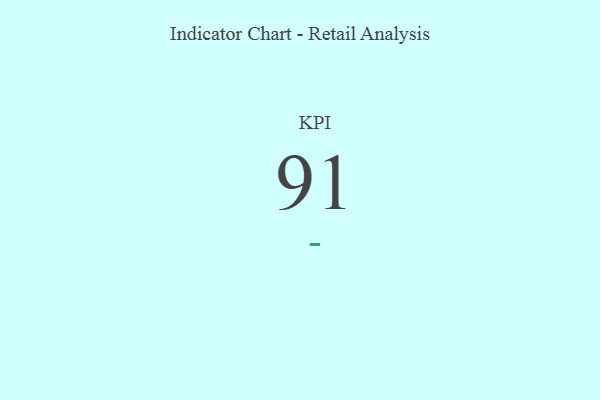
{"axis": {"x": "KPI", "y": "Value"}, "legend": [""], "data": [{"x": "KPI", "y": 91, "type": ""}]}